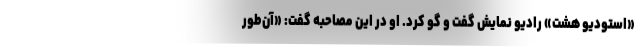
«استودیو هشتِ» رادیو نمایش گفت و گو کرد. او در این مصاحبه گفت: «آن‌طور